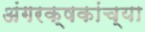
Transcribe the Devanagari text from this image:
अंगरक्षकांच्या